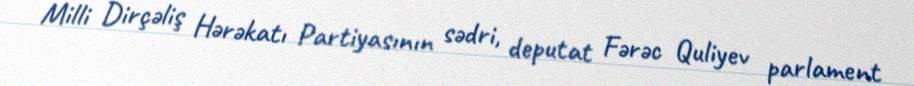
Milli Dirçəliş Hərəkatı Partiyasının sədri, deputat Fərəc Quliyev parlament